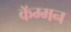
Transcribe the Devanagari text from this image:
कॅम्मन